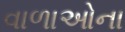
વાળાઓના